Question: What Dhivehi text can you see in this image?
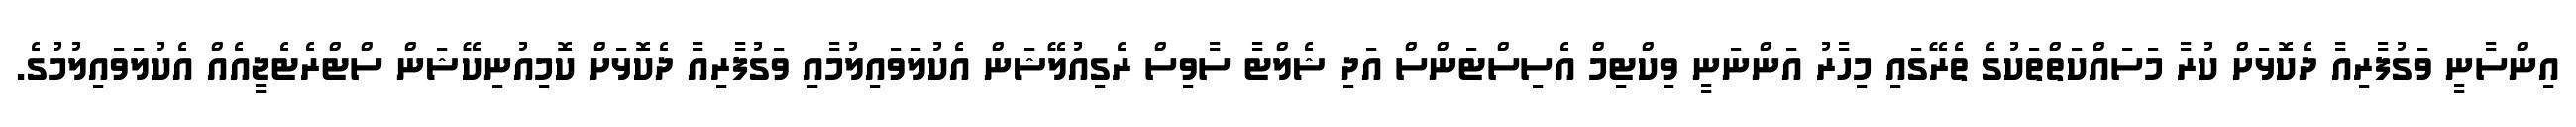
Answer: އިންސާނީ ވަގުފާރިއާ ދެކޮޅަށް ކުރާ މަސައްކަތްތަކުގެ ތެރޭގައި މިހާރު އަންނަނީ ވިކްޓިމް އެސިސްޓަންސް އަދި ޝެލްޓާ ސާވިސް ރެގިއުލޭޝަން އެކުލަވައިލުމާއި ވަގުފާރިއާ ދެކޮޅަށް ކޮމިއުނިކޭޝަން ސްޓްރެޓެޖީއެއް އެކުލަވައިލުމުގެ.